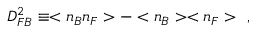
D _ { F B } ^ { 2 } \equiv < n _ { B } n _ { F } > - < n _ { B } > < n _ { F } > \ \ ,